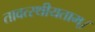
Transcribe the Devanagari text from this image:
तावत्स्थीयताम्।